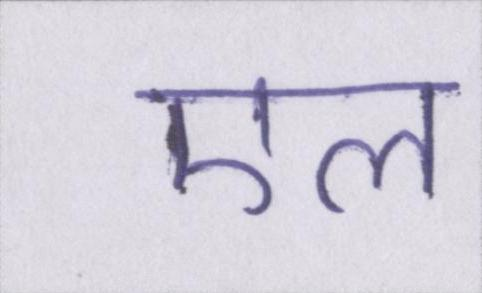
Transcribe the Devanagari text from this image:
एल